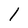
Character: I